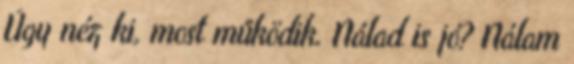
Úgy néz ki, most működik. Nálad is jó? Nálam